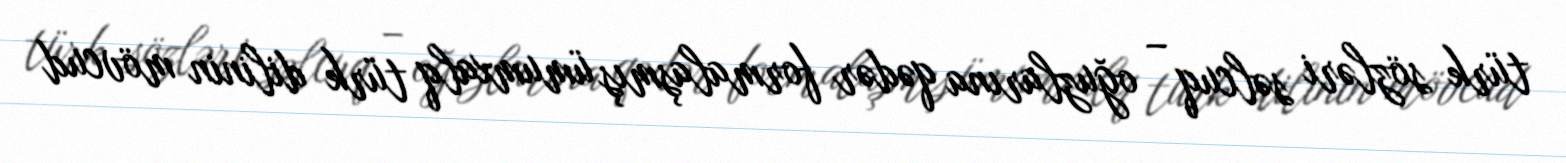
türk sözləri səlcuq – oğuzlarına qədər formalaşmış ümumxalq türk dilinin mövcud